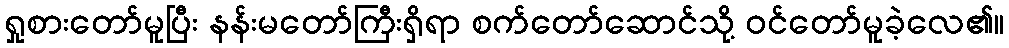
ရှုစားတော်မူပြီး နန်းမတော်ကြီးရှိရာ စက်တော်ဆောင်သို့ ဝင်တော်မူခဲ့လေ၏။